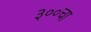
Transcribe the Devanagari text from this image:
३००चा